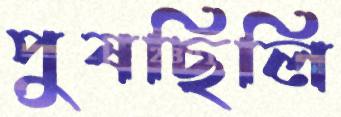
পুষছিলি